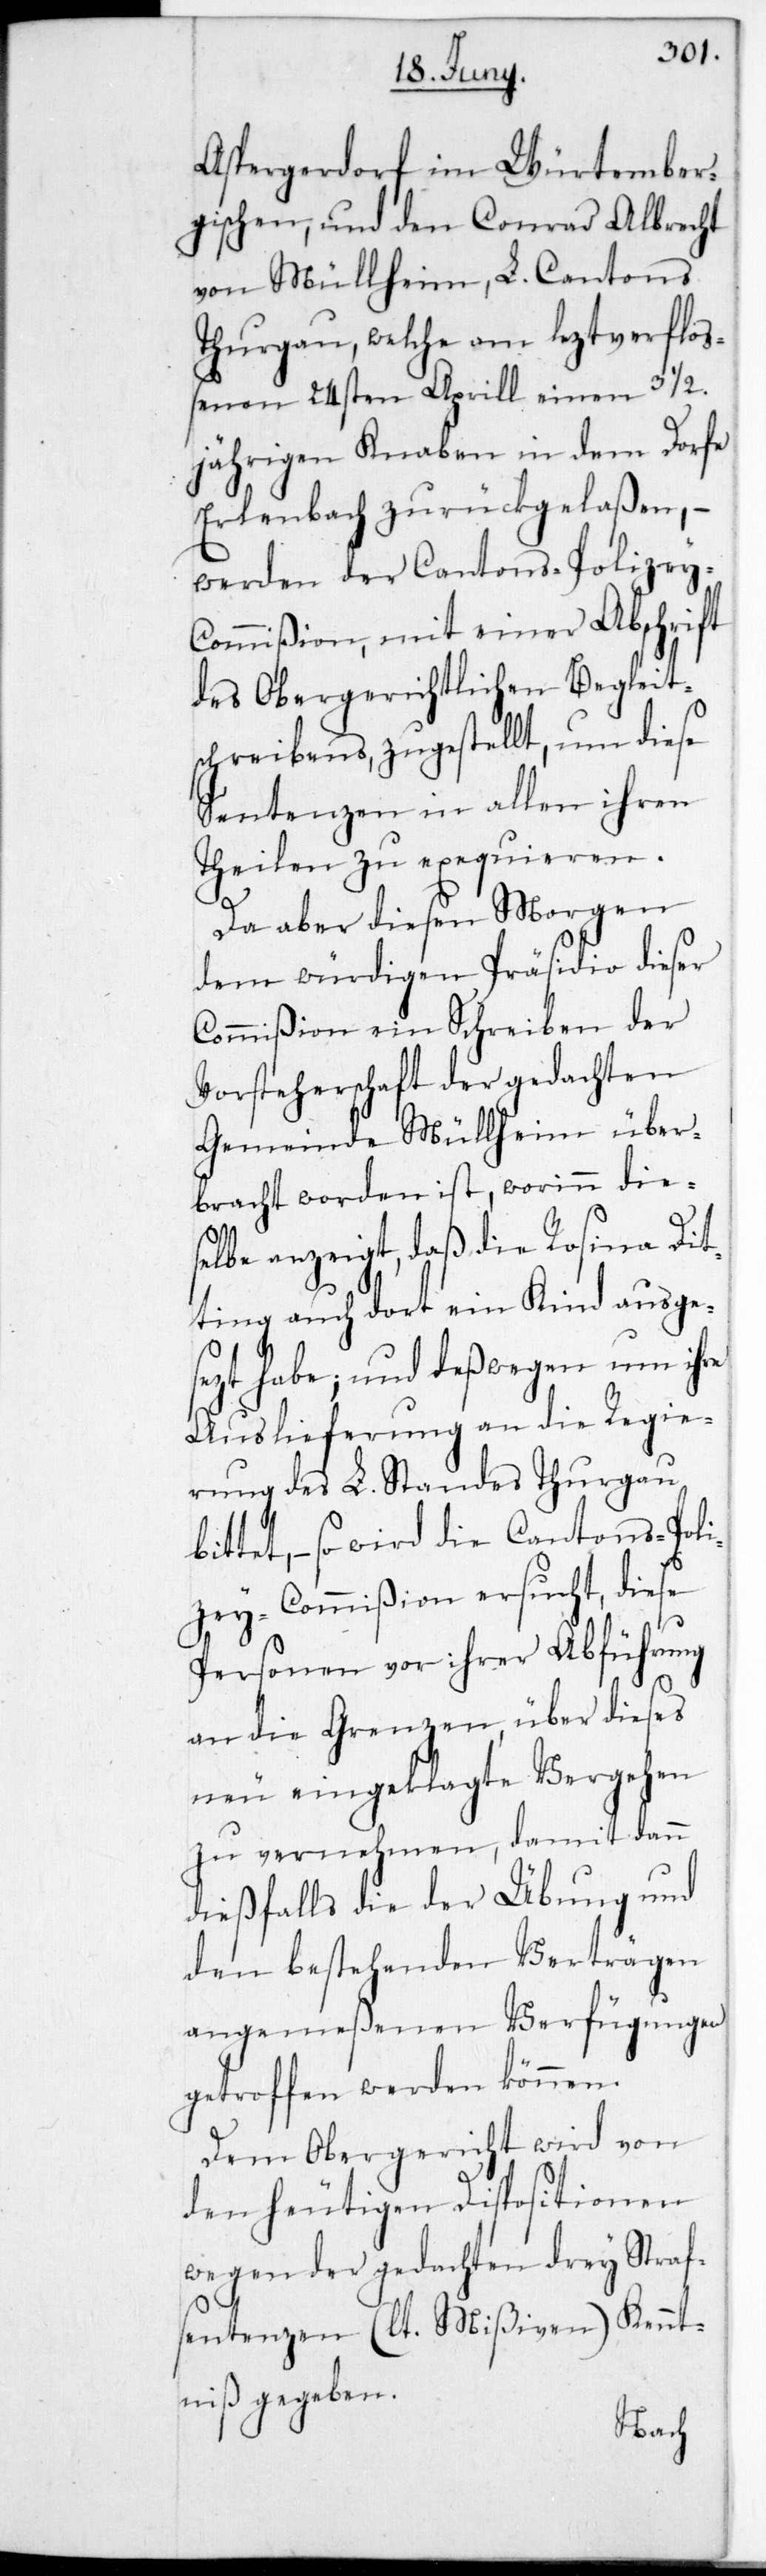
Aspergerdorf im Würtember¬
gischen, und den Conrad Albrecht
von Müllheim, L. Cantons
Thurgau, welche am leztverfloß¬
enen 24sten Aprill einen 3 1/2.
jährigen Knaben in dem Dorfe
Erlenbach zurückgelaßen, –
werden der Cantonspolizey-C¬
ommißion mit einer Abschrift
des Obergerichtlichen Begleit¬
schreibens zugestellt, um diese
Sentenzen in allen ihren
Theilen zu exequieren.
Da aber diesen Morgen
dem würdigen Präsidio dieser
Commißion ein Schreiben der
Vorsteherschaft der gedachten
Gemeinde Müllheim über¬
bracht worden ist, worinn die¬
selbe anzeigt, daß die Rosina Dit¬
ting auch dort ein Kind ausge¬
sezt habe; und deßwegen um ihre
Auslieferung an die Regie¬
rung des L. Standes Thurgau
bittet, – so wird die Cantonspoli¬
zey-Commißion ersucht, diese
Personen vor ihrer Abführung
an die Grenzen, über dieses
neu eingeklagte Vergehen
zu vernehmen, damit dann
dießfalls die der Übung und
den bestehenden Verträgen
angemeßenen Verfügungen
getroffen werden können.
Dem Obergericht wird von
den heutigen Dispositionen
wegen der gedachten drey Straf¬
sentenzen (lt. Mißiven) Kennt¬
niß gegeben.